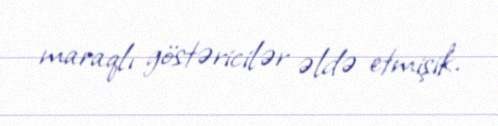
maraqlı göstəricilər əldə etmişik.